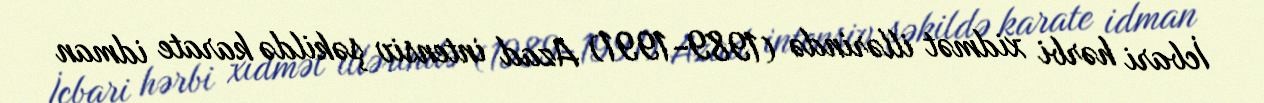
İcbari hərbi xidmət illərində (1989-1991) Azad intensiv şəkildə karate idman